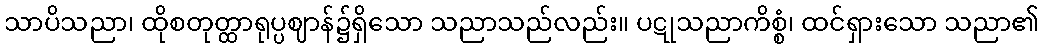
သာပိသညာ၊ ထိုစတုတ္ထာရုပ္ပဈာန်၌ရှိသော သညာသည်လည်း။ ပဋုသညာကိစ္စံ၊ ထင်ရှားသော သညာ၏